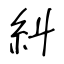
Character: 糾